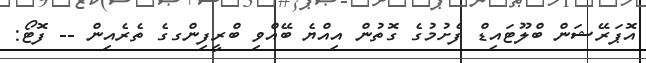
އޮޕަރޭޝަން ބްލޫޓައިޑް ފެށުމުގެ ގޮތުން އިިއްޔެ ބޭއްވި ބްރީފިންގގެ ތެރެއިން -- ފޮޓޯ: